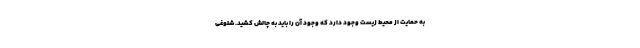
به حمایت از محیط زیست وجود دارد که وجود آن را باید به چالش کشید. شلوغی